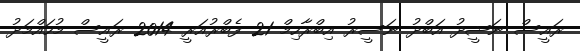
ރައީސް ނަޝީދު އަބްދު ނަސީރު އިބްރާހިމް 21 ފެބްރުއަރީ 2014 ރައީސް މުހައްމަދު